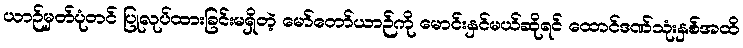
ယာဉ်မှတ်ပုံတင် ပြုလုပ်ထားခြင်းမရှိတဲ့ မော်တော်ယာဉ်ကို မောင်းနှင်မယ်ဆိုရင် ထောင်ဒဏ်သုံးနှစ်အထိ